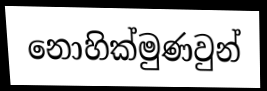
නොහික්මුණවුන්